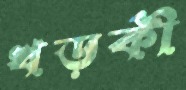
খড়কী